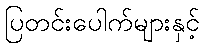
ပြတင်းပေါက်များနှင့်